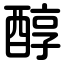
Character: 醇